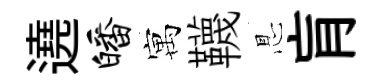
遶皤寓韈㤙肓